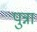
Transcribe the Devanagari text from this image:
पुन्ना